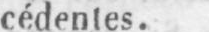
cédentes.